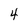
Character: 4